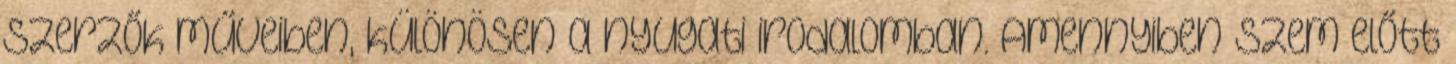
szerzők műveiben, különösen a nyugati irodalomban. Amennyiben szem előtt